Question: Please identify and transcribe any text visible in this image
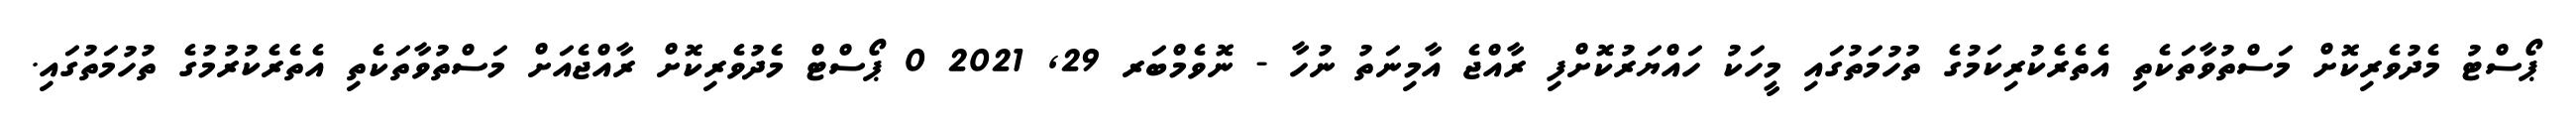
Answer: ޕޯސްޓު މެދުވެރިކޮށް މަސްތުވާތަކެތި އެތެރެކުރިކަމުގެ ތުހުމަތުގައި މީހަކު ހައްޔަރުކޮށްފި ރާއްޖެ އާމިނަތު ނުހާ - ނޮވެމްބަރ 29, 2021 0 ޕޯސްޓް މެދުވެރިކޮށް ރާއްޖެއަށް މަސްތުވާތަކެތި އެތެރެކުރުމުގެ ތުހުމަތުގައި.